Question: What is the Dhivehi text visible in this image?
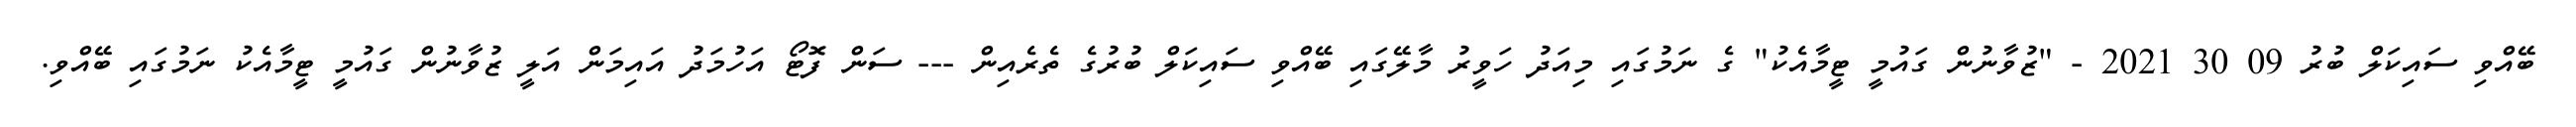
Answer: ބޭއްވި ސައިކަލް ބުރު 09 30 2021 - "ޒުވާނުން ގައުމީ ޓީމާއެކު" ގެ ނަމުގައި މިއަދު ހަވީރު މާލޭގައި ބޭއްވި ސައިކަލް ބުރުގެ ތެރެއިން --- ސަން ފޮޓޯ އަހުމަދު އައިމަން އަލީ ޒުވާނުން ގައުމީ ޓީމާއެކު ނަމުގައި ބޭއްވި.